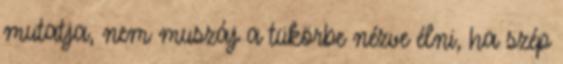
mutatja, nem muszáj a tükörbe nézve élni, ha szép